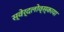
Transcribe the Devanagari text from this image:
स्वेर्दलोव्स्काया